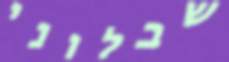
שבלוני